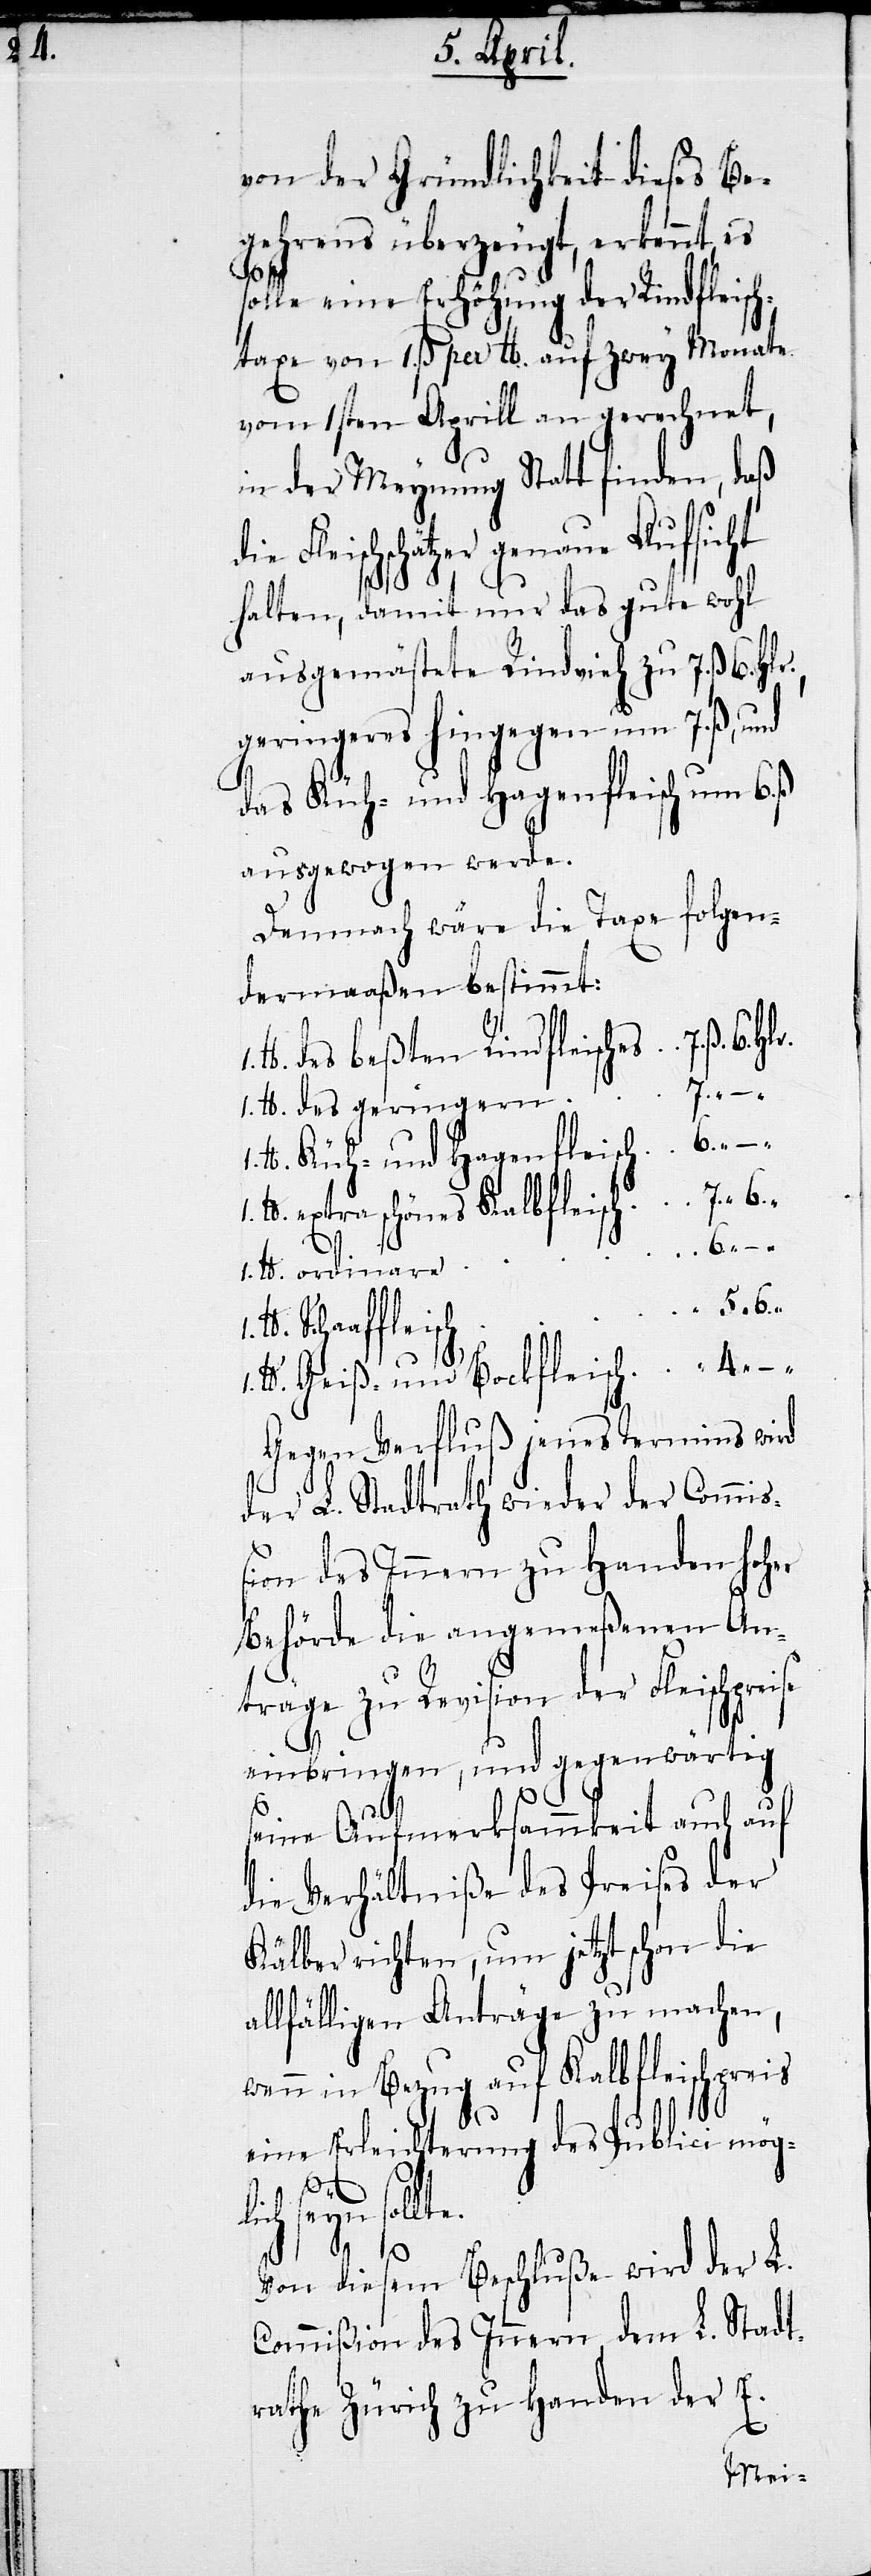
4.

von der Gründlichkeit dieses Be¬
gehrens überzeugt, erkennt,
olle eine Erhöhung der Rindfleisch¬
taxe von 1. ß per lb. auf zwey Monate
vom 1sten Aprill an gerechnet,
in der Meynung Statt finden, daß
Fleischschätzer genaue Aufsicht
halten, damit nur das gute wohl
ausgemästete Rindvieh zu 7. ß 6. Hl¬
geringeres hingegen um 7. ß, und
das Küh- und Hagenfleisch um 6.
ausgewogen werde.
lb.
Demnach wäre die Taxe folgen¬
dermaaßen bestimmt:
gern
Küh- und Hagenfleisch
extra schönes Kalbfleisch
ordinare
1. lb.
Schaaffleisch
Geiß- und Bockfleisch
Gegen Verfluß jenes Termins wird
der L. Stadtrath wieder der Commiß¬
ion des Innern zu Handen hoher
Behörde die angemeßenen An¬
träge zu Revision der Fleischpre¬
einbringen, und gegenwärtig
seine Aufmerksamkeit auch auf
die Verhältniße des Preises der
Kälber richten, um jetzt schon die
allfälligen Anträge zu machen,
wenn in Bezug auf Kalbfleischpreis
eine Erleichterung des Publici mög¬
ise
lich seyn sollte.
Von diesem Beschluße wird der L.
Commißion des Innern, dem L. Stadt¬
rathe Zürich zu Handen der E.
des gerin¬